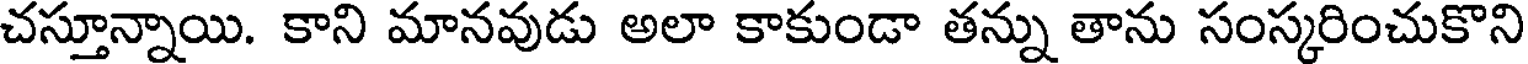
చస్తూన్నాయి. కాని మానవుడు అలా కాకుండా తన్ను తాను సంస్కరించుకొని